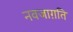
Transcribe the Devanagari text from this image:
नवजाग़ति